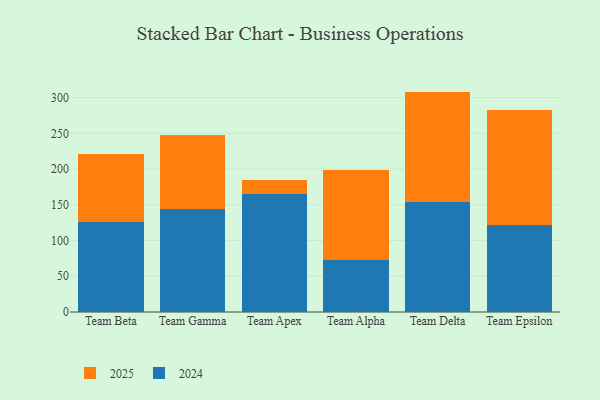
{"axis": {"x": "Team", "y": "LTV (USD)"}, "legend": ["2024", "2025"], "data": [{"x": "Team Beta", "y": 126.4, "type": "2024"}, {"x": "Team Beta", "y": 94.3, "type": "2025"}, {"x": "Team Gamma", "y": 144.0, "type": "2024"}, {"x": "Team Gamma", "y": 103.6, "type": "2025"}, {"x": "Team Apex", "y": 164.6, "type": "2024"}, {"x": "Team Apex", "y": 19.7, "type": "2025"}, {"x": "Team Alpha", "y": 72.6, "type": "2024"}, {"x": "Team Alpha", "y": 125.6, "type": "2025"}, {"x": "Team Delta", "y": 153.6, "type": "2024"}, {"x": "Team Delta", "y": 154.9, "type": "2025"}, {"x": "Team Epsilon", "y": 121.7, "type": "2024"}, {"x": "Team Epsilon", "y": 160.6, "type": "2025"}]}